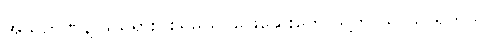
အသိဉာဏ်နဲ့ ဖယ်ရှားပစ်ရမယ်၊ ဖြေဆေးတွေ သူ့ဘာသာသူ ရှိတယ်။